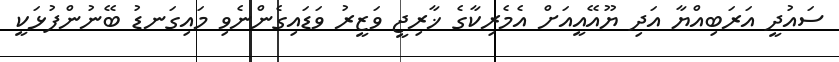
ސައުދީ އަރަބިއްޔާ އަދި ޔޫއޭއީއަށް އެމެރިކާގެ ޚާރިޖީ ވަޒީރު ވަޑައިގެންނެވި މައިގަނޑު ބޭނުންފުޅަކީ